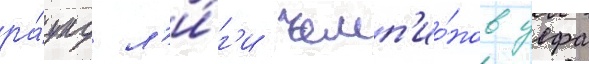
ра́унд л'и́г'и чемп'ио́нов уефа